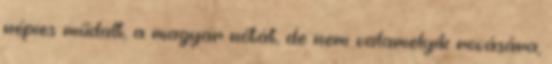
népies műdalt, a magyar nótát, de nem valamelyik rovására,